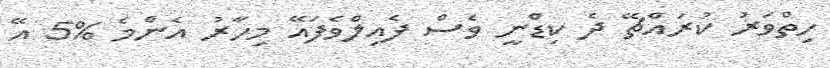
ހިތްވަރު ކުރައްޗޭ ދެ ކިޑްނީ ވެސް ފެއިލްވެފައޭ މިހާރު އެންމެ %5 އޭ